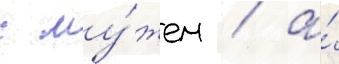
с му́жем / а́